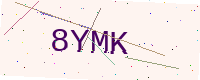
Text: 8YMK